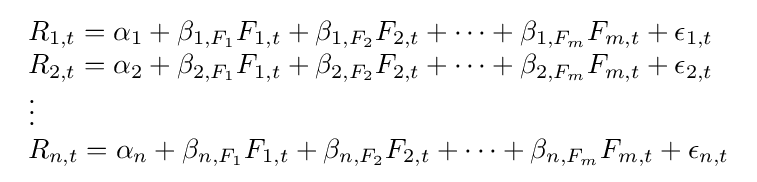
{\begin{array}{lcr}R_{1,t}=\alpha _{1}+\beta _{1,F_{1}}F_{1,t}+\beta _{1,F_{2}}F_{2,t}+\cdots +\beta _{1,F_{m}}F_{m,t}+\epsilon _{1,t}\\R_{2,t}=\alpha _{2}+\beta _{2,F_{1}}F_{1,t}+\beta _{2,F_{2}}F_{2,t}+\cdots +\beta _{2,F_{m}}F_{m,t}+\epsilon _{2,t}\\\vdots \\R_{n,t}=\alpha _{n}+\beta _{n,F_{1}}F_{1,t}+\beta _{n,F_{2}}F_{2,t}+\cdots +\beta _{n,F_{m}}F_{m,t}+\epsilon _{n,t}\end{array}}